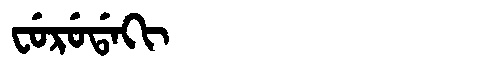
Manchu: ᠸᡠᡵᡠᡩᠠᡴᡳ
Romanization: FURUDAKI